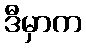
ဒီမှာက